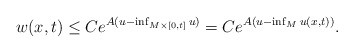
\begin{align*}w (x,t) \leq C e^{A (u - \inf_{M \times [0,t]} u)} = C e^{A (u - \inf_{M} u (x,t))}.\end{align*}